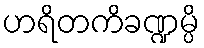
ဟရိတကိခဏ္ဍမ္ပိ